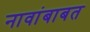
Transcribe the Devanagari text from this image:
नावांबाबत